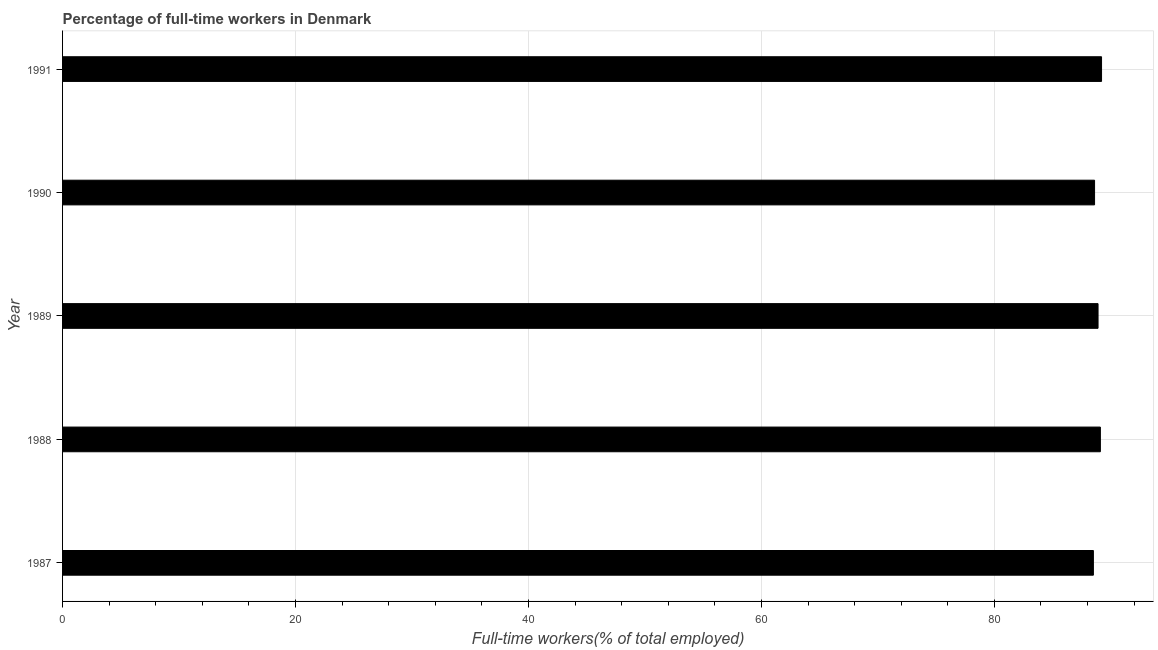
| Year | Wage and salaried workers |
 | --- | --- |
 | 1987 | 88.5 |
 | 1988 | 89.1 |
 | 1989 | 88.9 |
 | 1990 | 88.6 |
 | 1991 | 89.2 |